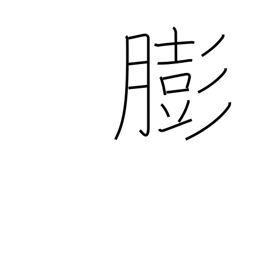
Meaning: get fat